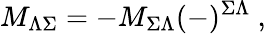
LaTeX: M_{\Lambda\Sigma}=-M_{\Sigma\Lambda}(-)^{\Sigma\Lambda}\ ,